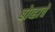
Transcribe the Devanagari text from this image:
बोव्हाचे